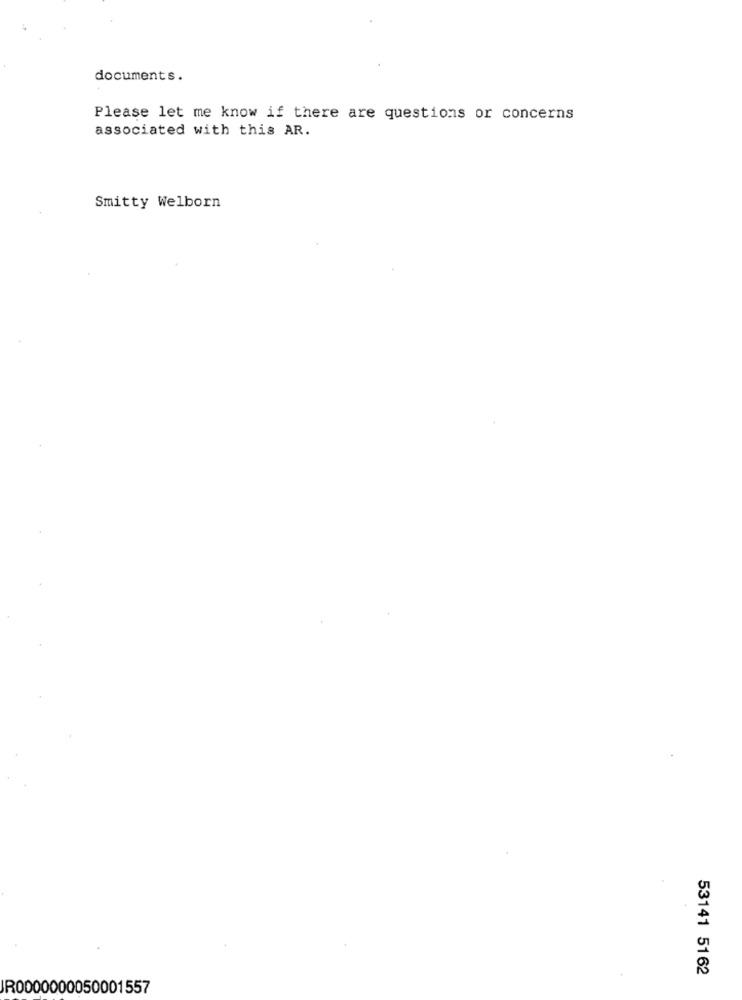
documents.
Please let me know if there are questions or concerns
associated with this AR.
Smitty Welborn
53141 5162
JR0000000050001557